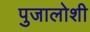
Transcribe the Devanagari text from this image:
पुजालोशी